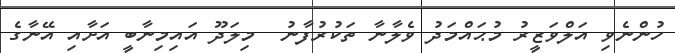
ހުންނެވި އަލްވަޒީރު މުޙައްމަދު ވެލާނާ ތަކުރުފާނު  މިލަދޫ އައިމިނާބީ އަށާއި އޭނާގެ